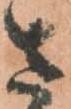
さ